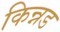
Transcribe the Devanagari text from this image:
किन्नड